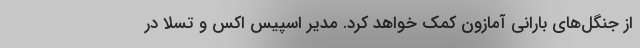
از جنگل‌های بارانی آمازون کمک خواهد کرد. مدیر اسپیس اکس و تسلا در